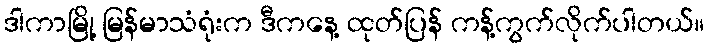
ဒါကာမြို့ မြန်မာသံရုံးက ဒီကနေ့ ထုတ်ပြန် ကန့်ကွက်လိုက်ပါတယ်။